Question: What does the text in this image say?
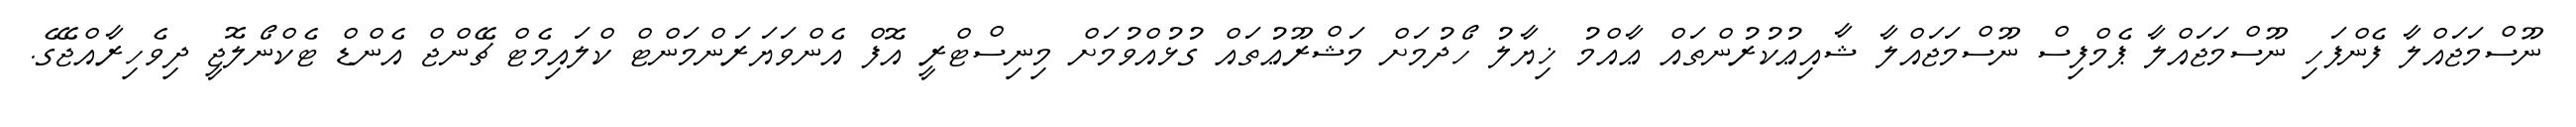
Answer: ނޫސްމަޖައްލާ ފެންފަހި ނޫސްމަޖައްލާ ޕެމްފިސް ނޫސްމަޖައްލާ ޝާއިޢުކުރުންތައް ޢާއްމު ޚިޔާލު ހޯދުމަށް މަޝްރޫޢުތައް ގުޅުއްވުމަށް މިނިސްޓްރީ އޮފް އެންވަޔަރަންމަންޓް ކްލައިމެޓް ޗޭންޖް އެންޑް ޓެކްނޯލޮޖީ ދިވެހިރާއްޖޭގެ.